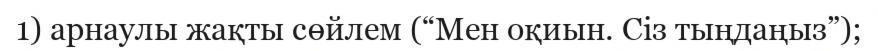
1) арнаулы жақты сөйлем (“Мен оқиын. Сіз тыңдаңыз”);